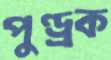
পুণ্ড্রক